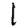
Digit: 1